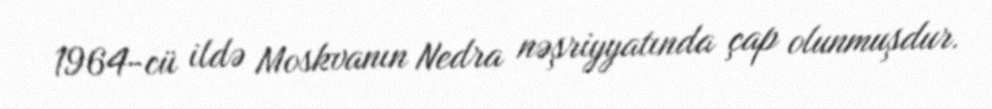
1964-cü ildə Moskvanın Nedra nəşriyyatında çap olunmuşdur.